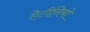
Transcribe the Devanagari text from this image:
ऐटीनियो